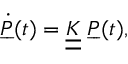
\dot { \underbar { P } } ( t ) = \underline { { \underline { { K } } } } \; \underbar { P } ( t ) ,